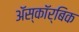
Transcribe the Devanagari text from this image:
ॲस्कॉर्बिक